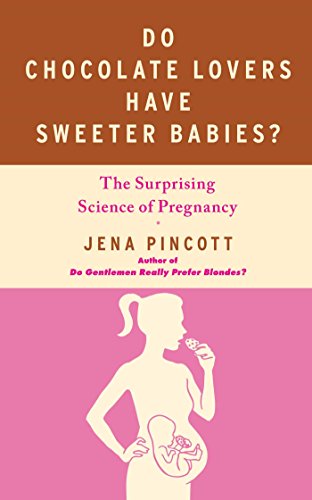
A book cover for Do Chocolate Lovers Have Sweeter Babies?: The Surprising Science of Pregnancy; Jena Pincott; Parenting & Relationships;